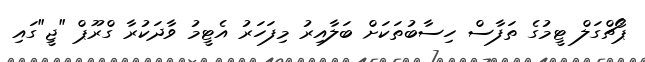
ޕޯޗްގަލް ޓީމުގެ ތަފާސް ހިސާބުތަކަށް ބަލާއިރު މިފަހަރު އެޓީމު ވާދަކުރާ ގްރޫޕް "ޖީ"ގައި